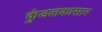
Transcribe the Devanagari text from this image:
कुंडलकासार